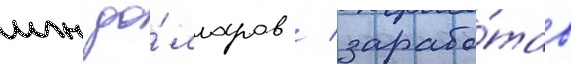
млн до́лларов / зарабо́тав